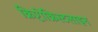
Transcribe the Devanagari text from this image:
क्रिप्टोक्रिस्टलाइन